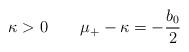
LaTeX: \begin{align*} \kappa>0\qquad \mu_+ - \kappa = -\frac{b_0}2\end{align*}